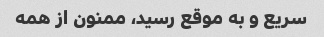
سریع و به موقع رسید، ممنون از همه